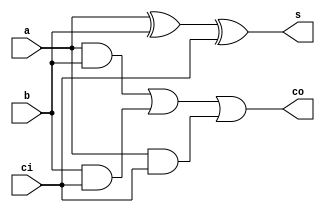
`timescale 1ns/100ps
module add_1bit (a, b, ci, s, co );
input a, b, ci;
output s, co;
reg s, co;
always @(a, b, ci)
begin
s = #5 a ^ b ^ ci;
co = #3 (a & b) | (b &ci) | (a & ci);
end
endmodule